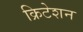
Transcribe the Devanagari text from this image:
क्रिटेशन